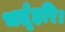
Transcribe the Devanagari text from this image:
भर्तृहरि।